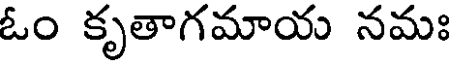
ఓం కృతాగమాయ నమః